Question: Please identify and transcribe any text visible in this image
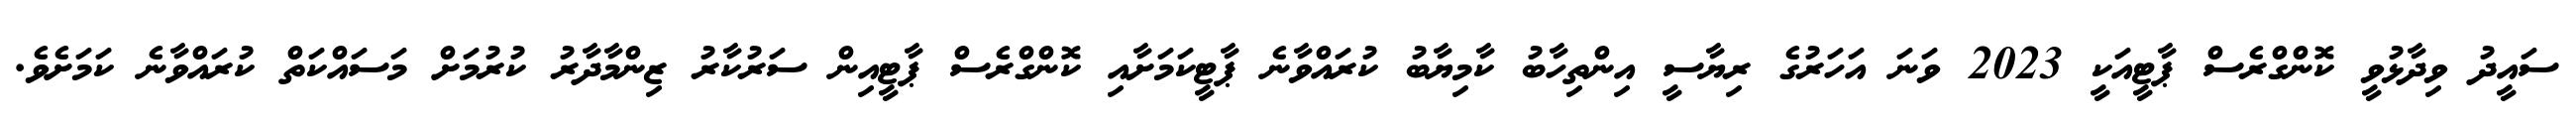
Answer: ސައީދު ވިދާޅުވީ ކޮންގްރެސް ޕާޓީއަކީ 2023 ވަނަ އަހަރުގެ ރިޔާސީ އިންތިހާބު ކާމިޔާބު ކުރައްވާނެ ޕާޓީކަމަށާއި ކޮންގްރެސް ޕާޓީއިން ސަރުކާރު ޒިންމާދާރު ކުރުމަށް މަސައްކަތް ކުރައްވާނެ ކަމަށެވެ.